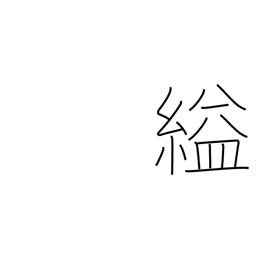
Meaning: strangle